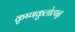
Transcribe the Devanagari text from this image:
कृष्णकुलोत्पन्न